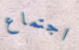
اجتماع